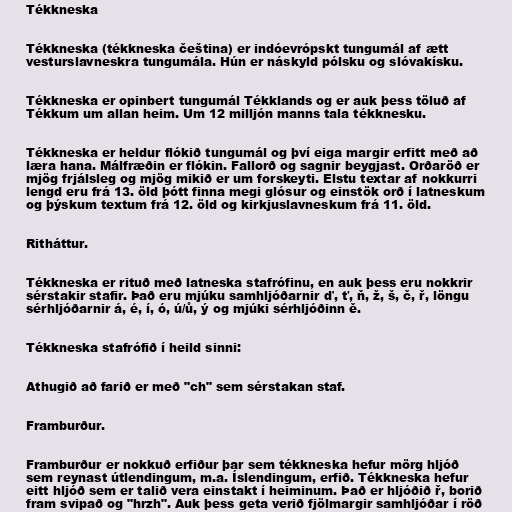
Tékkneska

Tékkneska (tékkneska čeština) er indóevrópskt tungumál af ætt
vesturslavneskra tungumála. Hún er náskyld pólsku og slóvakísku.

Tékkneska er opinbert tungumál Tékklands og er auk þess töluð af
Tékkum um allan heim. Um 12 milljón manns tala tékknesku.

Tékkneska er heldur flókið tungumál og því eiga margir erfitt með að
læra hana. Málfræðin er flókin. Fallorð og sagnir beygjast. Orðaröð er
mjög frjálsleg og mjög mikið er um forskeyti. Elstu textar af nokkurri
lengd eru frá 13. öld þótt finna megi glósur og einstök orð í latneskum
og þýskum textum frá 12. öld og kirkjuslavneskum frá 11. öld.

Ritháttur.

Tékknеska er rituð með latneska stafrófinu, en auk þess eru nokkrir
sérstakir stafir. Það eru mjúku samhljóðarnir ď, ť, ň, ž, š, č, ř, löngu
sérhljóðarnir á, é, í, ó, ú/ů, ý og mjúki sérhljóðinn ě.

Tékkneska stafrófið í heild sinni:

Athugið að farið er með "ch" sem sérstakan staf.

Framburður.

Framburður er nokkuð erfiður þar sem tékkneska hefur mörg hljóð
sem reynast útlendingum, m.a. Íslendingum, erfið. Tékkneska hefur
eitt hljóð sem er talið vera einstakt í heiminum. Það er hljóðið ř, borið
fram svipað og "hrzh". Auk þess geta verið fjölmargir samhljóðar í röð